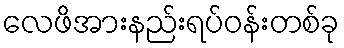
လေဖိအားနည်းရပ်ဝန်းတစ်ခု